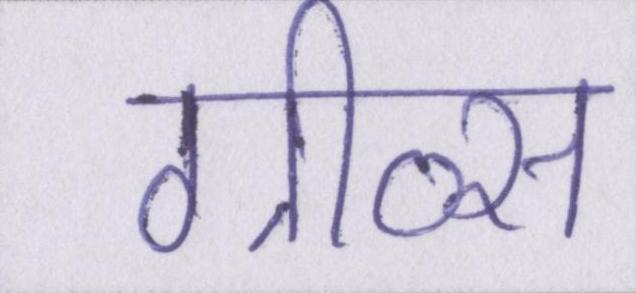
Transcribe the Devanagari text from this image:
ग्रीव्स